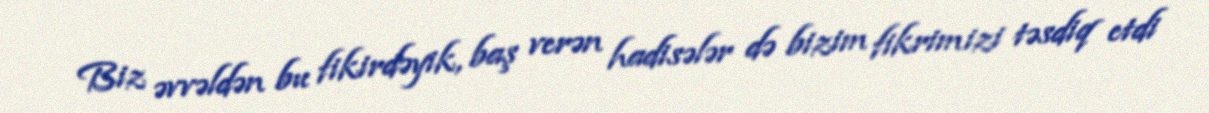
Biz əvvəldən bu fikirdəyik, baş verən hadisələr də bizim fikrimizi təsdiq etdi